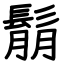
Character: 鬅